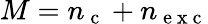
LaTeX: M=n_{\mathrm{~c~}}+n_{\mathrm{~e~x~c~}}